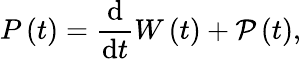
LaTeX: P\left(t\right)=\frac{\mathrm{d}}{\mathrm{d}t}W\left(t\right)+\mathcal{P}\left(t\right),